Insane asylums in Bengal annual reports 1867-1875 - 1867-1875
Year: 1867
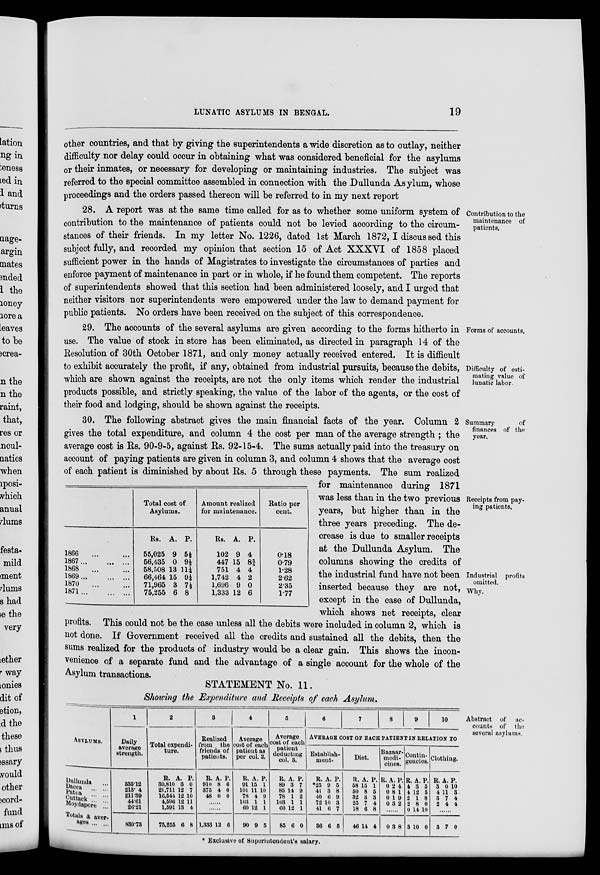
LUNATIC ASYLUMS IN BENGAL.
19
other countries, and that by giving the superintendents a wide discretion as to outlay, neither
difficulty nor delay could occur in obtaining what was considered beneficial for the asylums
or their inmates, or necessary for developing or maintaining industries. The subject was
referred to the special committee assembled in connection with the Dullunda Asylum, whose
proceedings and the orders passed thereon will be referred to in my next report
Contribution to the
maintenance of
patients.
28. A report was at the same time called for as to whether some uniform system of
contribution to the maintenance of patients could not be levied according to the circum-
stances of their friends. In my letter No. 1226, dated 1st March 1872, I discussed this
subject fully, and recorded my opinion that section 15 of Act XXXVI of 1858 placed
sufficient power in the hands of Magistrates to investigate the circumstances of parties and
enforce payment of maintenance in part or in whole, if he found them competent. The reports
of superintendents showed that this section had been administered loosely, and I urged that
neither visitors nor superintendents were empowered under the law to demand payment for
public patients. No orders have been received on the subject of this correspondence.
Forms of accounts.
Difficulty of esti-
mating value of
lunatic labor.
29. The accounts of the several asylums are given according to the forms hitherto in
use. The value of stock in store has been eliminated, as directed in paragraph 14 of the
Resolution of 30th October 1871, and only money actually received entered. It is difficult
to exhibit accurately the profit, if any, obtained from industrial pursuits, because the debits,
which are shown against the receipts, are not the only items which render the industrial
products possible, and strictly speaking, the value of the labor of the agents, or the cost of
their food and lodging, should be shown against the receipts.
Summary
of
finances of the
year.
Receipts from pay-
ing patients.
Industrial profits
omitted.
Why.
30. The following abstract gives the main financial facts of the year. Column 2
gives the total expenditure, and column 4 the cost per man of the average strength ; the
average cost is Rs. 90-9-5, against Rs. 92-15-4. The sums actually paid into the treasury on
account of paying patients are given in column 3, and column 4 shows that the average cost
of each patient is diminished by about Rs. 5 through these payments. The sum realized
for maintenance during 1871
was less than in the two previous
years, but higher than in the
three years preceding. The de-
crease is due to smaller receipts
at the Dullunda Asylum. The
columns showing the credits of
the industrial fund have not been
inserted because they are not,
except in the case of Dullunda,
which shows net receipts, clear
profits. This could not be the case unless all the debits were included in column 2, which is
not done. If Government received all the credits and sustained all the debits, then the
sums realized for the products of industry would be a clear gain. This shows the incon-
venience of a separate fund and the advantage of a single account for the whole of the
Asylum transactions.
1866 ... ...
1867
...
...
1868 ... ...
1869
...
...
1870 ... ...
1871
...
...
Total cost of
Asylums.
Rs.
55,025
56,435
58,508
66,464
71,965
75,255
A.
9
0
13
15
3
6
P.
5½
9½
11¼
9¼
7½
8
Amount realized
for maintenance.
Rs.
102
447
751
1,742
1,696
1,333
A.
9
15
4
4
9
12
P.
4
8¾
4
2
0
6
Ratio per
cent.
0.18
0.79
1.28
2.62
2.35
1.77
Abstract of ac-
counts of the
several asylums.
STATEMENT No. 11.
Showing the Expenditure and Receipts of each Asylum.
ASYLUMS.
Dullunda ...
Dacca ...
Patna
...
Cuttack ...
Moydapore ...
Totals & aver-
ages ... ...
1
Daily
average
strength.
335.12
213.4
211.39
44.61
26.21
830.73
2
Total expendi-
ture.
R.
30,810
21,711
16,544
4,596
1,591
75,255
A.
3
12
12
12
13
6
P.
0
7
10
11
4
8
3
Realized
from the
friends of
patients.
R.
910
375
48
A.
8
4
0
P.
6
0
0
......
......
1,333 12 6
4
Average
cost of each
patient as
per col. 2.
R.
91
101
78
103
60
90
A.
15
11
4
1
12
9
P.
1
10
9
1
1
5
5
Average
cost of each
patient
deducting
col. 3.
R.
89
85
78
103
60
85
A.
3
14
1
1
12
6
P.
7
9
2
1
1
0
6
7
8
9
10
AVERAGE COST OF EACH PATIENT IN RELATION TO
Establish-
ment.
R.
*25
41
40
72
41
36
A.
9
3
6
10
6
6
P.
5
8
9
3
7
5
Diet.
R.
58
50
32
25
18
46
A.
15
8
3
7
6
14
P.
1
5
3
4
8
4
Bazaar¬
medi¬
cines.
R.
0
0
0
0
A.
2
8
1
3
P.
4
1
9
2
......
0 3 8
Contin-
gencies.
R.
4
4
2
2
0
3
A.
3
12
1
8
14
10
P.
5
5
8
0
10
0
Clothing.
R.
3
4
3
2
A.
0
11
7
4
P.
10
3
4
4
......
3 7 0
* Exclusive of Superintendent's salary.